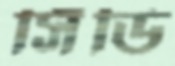
সিঁডি